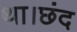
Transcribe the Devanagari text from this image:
था।छंद